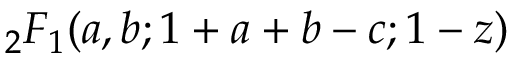
\, _ { 2 } F _ { 1 } ( a , b ; 1 + a + b - c ; 1 - z )